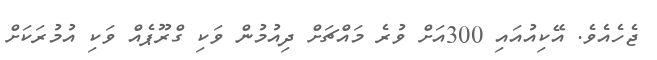
ޖެހެއެވެ. އޭކިއުއައި 300އަށް ވުރެ މައްޗަށް ދިއުމުން ވަކި ގްރޫޕެއް ވަކި އުމުރަކަށް